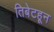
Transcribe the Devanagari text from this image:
तिबेटहून